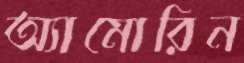
অ্যামোরিন